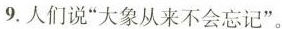
9.人们说“大象从来不会忘记”